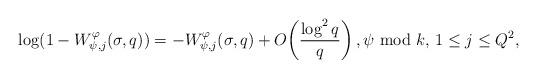
LaTeX: \begin{align*}\log (1-W_{\psi,j}^\varphi(\sigma,q))=-W_{\psi,j}^\varphi(\sigma,q)+O\!\left(\frac{\log^2 q}{q}\right),\psi\hbox{ mod }k, \, 1\leq j\leq Q^2,\end{align*}